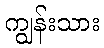
ကျွန်းသား